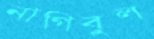
নাগিবুল